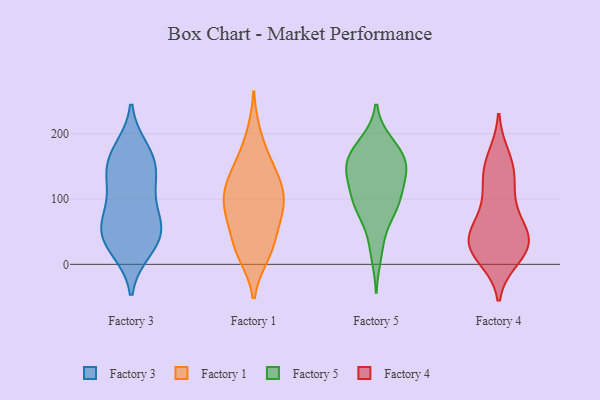
{"axis": {"x": "Backlog", "y": "Value"}, "legend": ["Factory 1", "Factory 3", "Factory 4", "Factory 5"], "data": [{"x": "", "y": 22, "type": "Factory 3"}, {"x": "", "y": 26, "type": "Factory 3"}, {"x": "", "y": 143, "type": "Factory 3"}, {"x": "", "y": 97, "type": "Factory 3"}, {"x": "", "y": 118, "type": "Factory 3"}, {"x": "", "y": 39, "type": "Factory 3"}, {"x": "", "y": 52, "type": "Factory 3"}, {"x": "", "y": 137, "type": "Factory 3"}, {"x": "", "y": 169, "type": "Factory 3"}, {"x": "", "y": 54, "type": "Factory 3"}, {"x": "", "y": 176, "type": "Factory 3"}, {"x": "", "y": 63, "type": "Factory 3"}, {"x": "", "y": 68, "type": "Factory 3"}, {"x": "", "y": 157, "type": "Factory 3"}, {"x": "", "y": 80, "type": "Factory 1"}, {"x": "", "y": 18, "type": "Factory 1"}, {"x": "", "y": 107, "type": "Factory 1"}, {"x": "", "y": 41, "type": "Factory 1"}, {"x": "", "y": 15, "type": "Factory 1"}, {"x": "", "y": 27, "type": "Factory 1"}, {"x": "", "y": 107, "type": "Factory 1"}, {"x": "", "y": 77, "type": "Factory 1"}, {"x": "", "y": 148, "type": "Factory 1"}, {"x": "", "y": 129, "type": "Factory 1"}, {"x": "", "y": 159, "type": "Factory 1"}, {"x": "", "y": 77, "type": "Factory 1"}, {"x": "", "y": 198, "type": "Factory 1"}, {"x": "", "y": 91, "type": "Factory 1"}, {"x": "", "y": 126, "type": "Factory 1"}, {"x": "", "y": 97, "type": "Factory 5"}, {"x": "", "y": 139, "type": "Factory 5"}, {"x": "", "y": 169, "type": "Factory 5"}, {"x": "", "y": 188, "type": "Factory 5"}, {"x": "", "y": 159, "type": "Factory 5"}, {"x": "", "y": 140, "type": "Factory 5"}, {"x": "", "y": 82, "type": "Factory 5"}, {"x": "", "y": 161, "type": "Factory 5"}, {"x": "", "y": 80, "type": "Factory 5"}, {"x": "", "y": 88, "type": "Factory 5"}, {"x": "", "y": 136, "type": "Factory 5"}, {"x": "", "y": 188, "type": "Factory 5"}, {"x": "", "y": 100, "type": "Factory 5"}, {"x": "", "y": 128, "type": "Factory 5"}, {"x": "", "y": 110, "type": "Factory 5"}, {"x": "", "y": 165, "type": "Factory 5"}, {"x": "", "y": 153, "type": "Factory 5"}, {"x": "", "y": 43, "type": "Factory 5"}, {"x": "", "y": 13, "type": "Factory 5"}, {"x": "", "y": 48, "type": "Factory 4"}, {"x": "", "y": 80, "type": "Factory 4"}, {"x": "", "y": 11, "type": "Factory 4"}, {"x": "", "y": 150, "type": "Factory 4"}, {"x": "", "y": 20, "type": "Factory 4"}, {"x": "", "y": 31, "type": "Factory 4"}, {"x": "", "y": 32, "type": "Factory 4"}, {"x": "", "y": 44, "type": "Factory 4"}, {"x": "", "y": 88, "type": "Factory 4"}, {"x": "", "y": 164, "type": "Factory 4"}, {"x": "", "y": 134, "type": "Factory 4"}, {"x": "", "y": 25, "type": "Factory 4"}, {"x": "", "y": 36, "type": "Factory 4"}, {"x": "", "y": 129, "type": "Factory 4"}]}